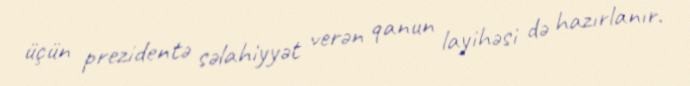
üçün prezidentə səlahiyyət verən qanun layihəsi də hazırlanır.